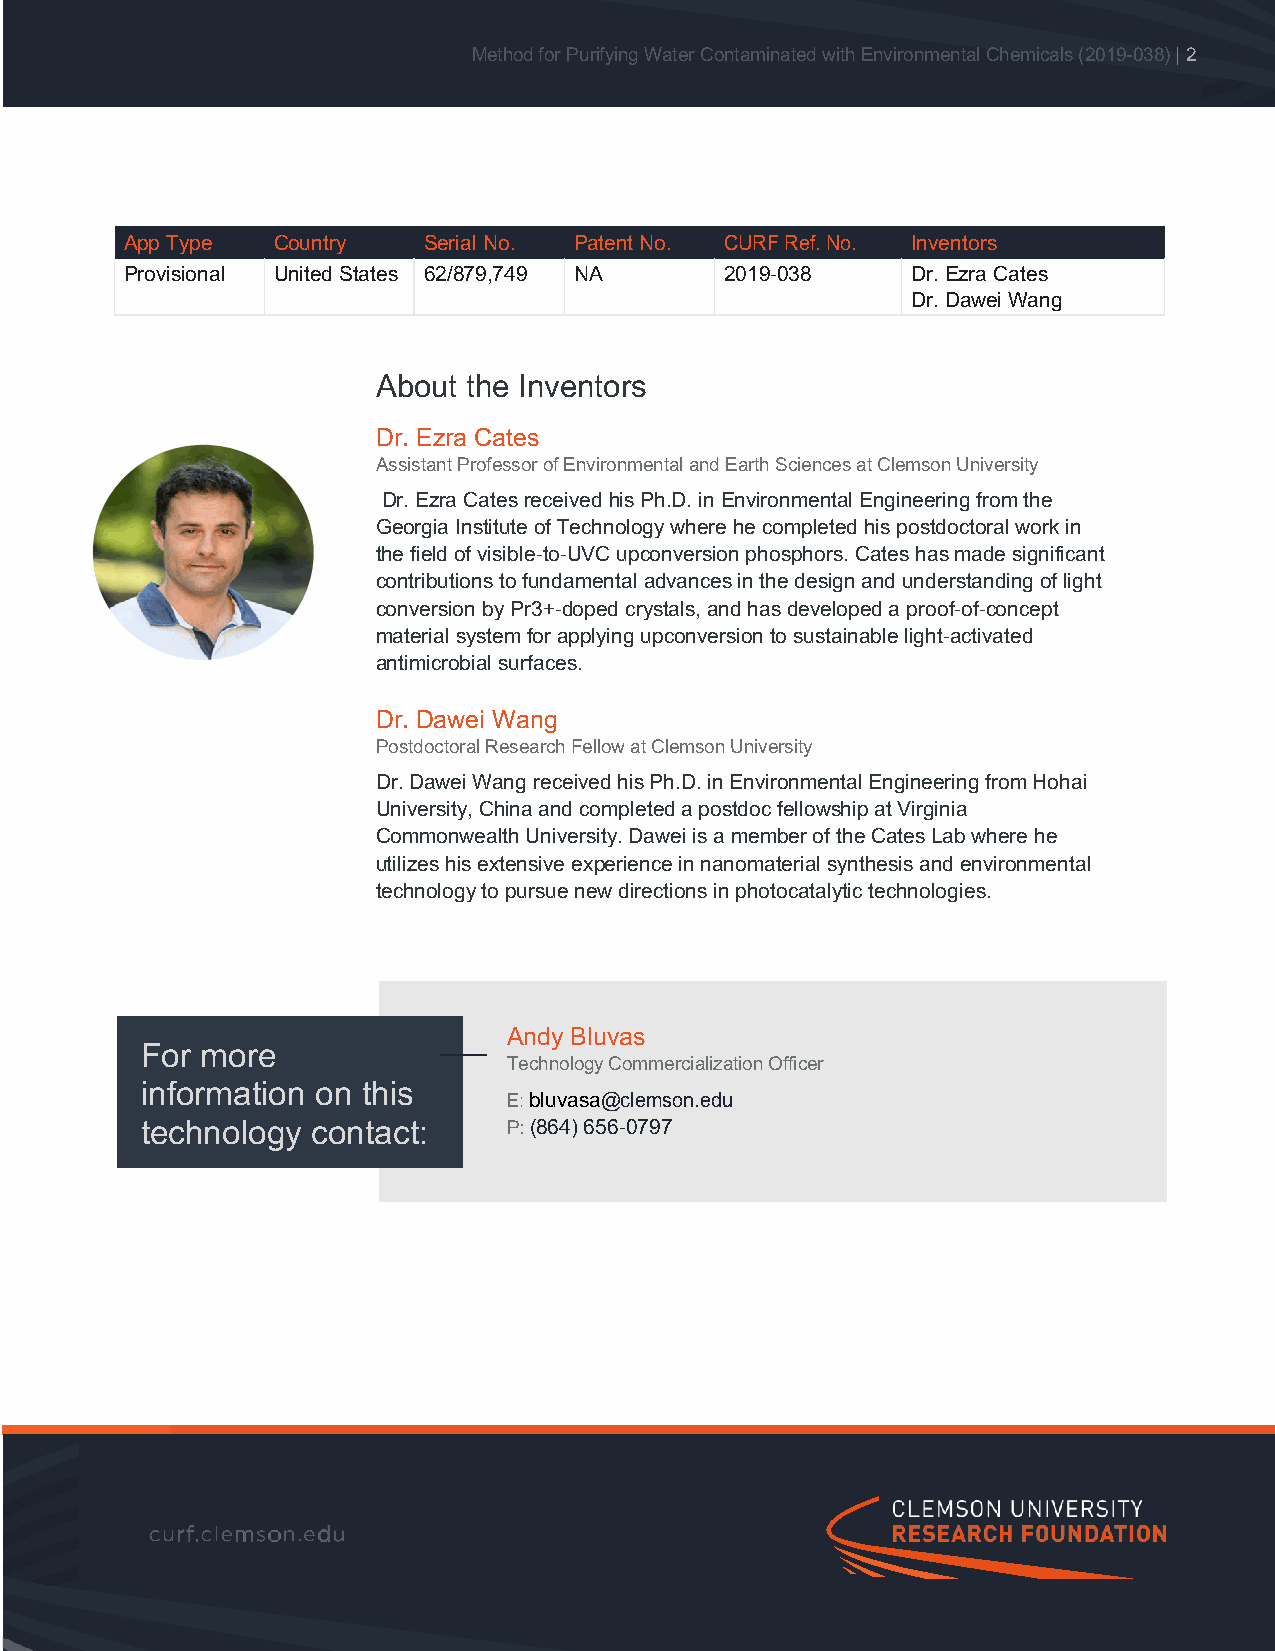
Method for Purifying Water Contaminated with Environmental Chemicals (2019-038) | 2
 App Type  Country   Serial No. Patent No. CURF Ref. No. Inventors
 Provisional United States 62/879,749 NA 2019-038    Dr. Ezra Cates
 Dr. Dawei Wang
 About the Inventors
 Dr. Ezra Cates
 Assistant Professor of Environmental and Earth Sciences at Clemson University
 Dr. Ezra Cates received his Ph.D. in Environmental Engineering from the
 Georgia Institute of Technology where he completed his postdoctoral work in
 the field of visible-to-UVC upconversion phosphors. Cates has made significant
 contributions to fundamental advances in the design and understanding of light
 conversion by Pr3+-doped crystals, and has developed a proof-of-concept
 material system for applying upconversion to sustainable light-activated
 antimicrobial surfaces.
 Dr. Dawei Wang
 Postdoctoral Research Fellow at Clemson University
 Dr. Dawei Wang received his Ph.D. in Environmental Engineering from Hohai
 University, China and completed a postdoc fellowship at Virginia
 Commonwealth University. Dawei is a member of the Cates Lab where he
 utilizes his extensive experience in nanomaterial synthesis and environmental
 technology to pursue new directions in photocatalytic technologies.
 Andy Bluvas
 For more
 Technology Commercialization Officer
 information on this
 E: bluvasa@clemson.edu
 technology  contact:     P: (864) 656-0797